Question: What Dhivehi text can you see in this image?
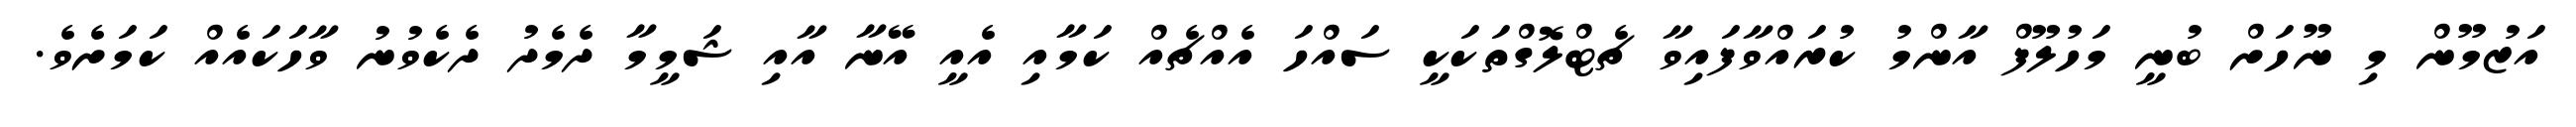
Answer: އަޒުމޫން މި ނޫހަށް ބުނީ މަހުލޫފް އާންމު ކުރައްވާފައިވާ ޗެޓްލޮގްތަކަކީ ސައްހަ އެއްޗެއް ކަމާއި އެއީ އޭނާ އާއި ޝަމީމާ ދެމެދު ދެކެވުނު ވާހަކައެއް ކަމަށެވެ.